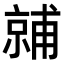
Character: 𬽙